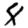
Digit: 8